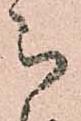
被